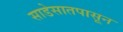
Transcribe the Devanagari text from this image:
साडेसातपासून